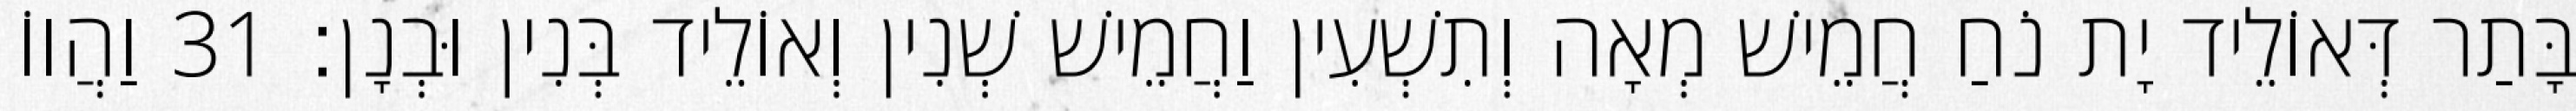
בָּתַר דְּאוֹלֵיד יָת נֹחַ חֲמֵישׁ מְאָה וְתִשְׁעִין וַחֲמֵישׁ שְׁנִין וְאוֹלֵיד בְּנִין וּבְנָן׃ 31 וַהֲווֹ